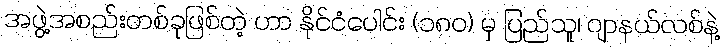
အဖွဲ့အစည်းတစ်ခုဖြစ်တဲ့ ဟာ နိုင်ငံပေါင်း (၁၈ဝ) မှ ပြည်သူ၊ ဂျာနယ်လစ်နဲ့